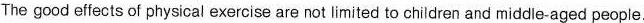
The good effects of physical exercise are notlimited to children and middie-aged people.